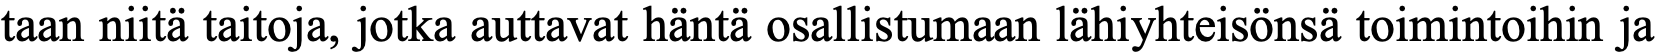
taan niitä taitoja, jotka auttavat häntä osallistumaan lähiyhteisönsä toimintoihin ja